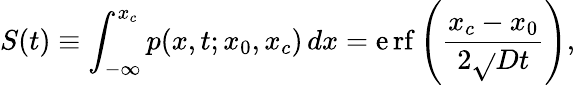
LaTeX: S(t)\equiv\int_{-\infty}^{x_{c}}p(x,t;x_{0},x_{c})\, dx=\operatorname{\mathrm{e}rf}\left({\frac{{x_{c}-x_{0}}}{{2{\sqrt{}{{Dt}}}}}}\right),